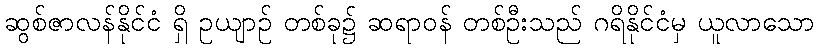
ဆွစ်ဇာလန်နိုင်ငံ ရှိ ဥယျာဉ် တစ်ခု၌ ဆရာဝန် တစ်ဦးသည် ဂရိနိုင်ငံမှ ယူလာသော